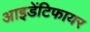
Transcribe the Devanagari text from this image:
आइडेंटिफायर